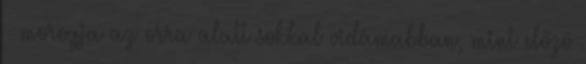
– morogja az orra alatt sokkal vidámabban, mint előző